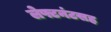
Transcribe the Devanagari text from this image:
लेफ्टनंटसह